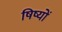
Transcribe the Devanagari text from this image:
षिष्यों